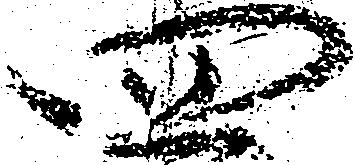
四